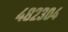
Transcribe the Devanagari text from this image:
४८२३०४